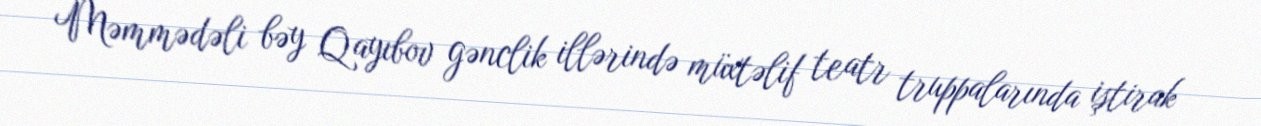
Məmmədəli bəy Qayıbov gənclik illərində müxtəlif teatr truppalarında iştirak